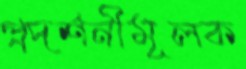
প্রদর্শনীমূলক